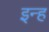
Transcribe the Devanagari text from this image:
इन्ह